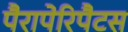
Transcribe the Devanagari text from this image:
पैरापेरिपैटस